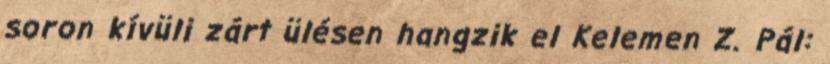
soron kívüli zárt ülésen hangzik el Kelemen Z. Pál: